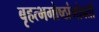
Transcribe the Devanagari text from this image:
बृहत्भगोष्ठांभोवती